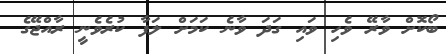
ބޯކޮށް ވާރޭ ވެހި ވައި ގަދަ ވާނެ ކަމަށް ލަފާ ކުރެވެނީ ރާއްޖޭގެ